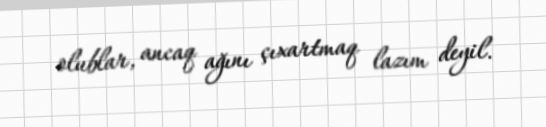
olublar, ancaq ağını çıxartmaq lazım deyil.